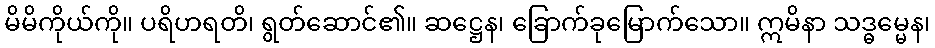
မိမိကိုယ်ကို။ ပရိဟရတိ၊ ရွတ်ဆောင်၏။ ဆဋ္ဌေန၊ ခြောက်ခုမြောက်သော။ ဣမိနာ သဒ္ဓမ္မေန၊